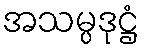
အသမ္ပဒုဋ္ဌံ